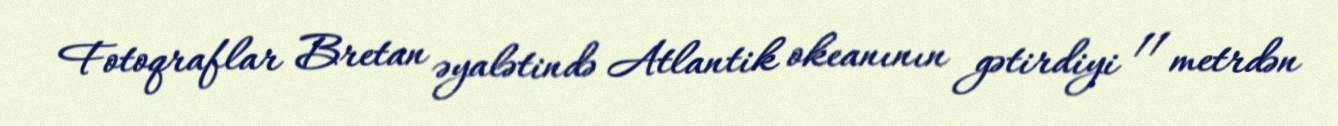
Fotoqraflar Bretan əyalətində Atlantik okeanının gətirdiyi 11 metrdən